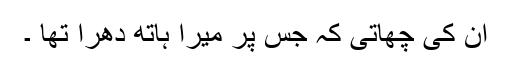
ان کی چھاتی کہ جس پر میرا ہاتھ دھرا تھا ۔